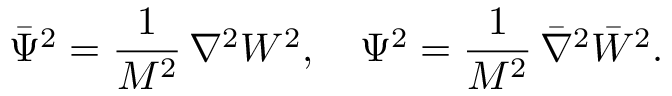
{ \bar { \Psi } } ^ { 2 } = \frac { 1 } { M ^ { 2 } } \, \nabla ^ { 2 } { W ^ { 2 } } , \quad \Psi ^ { 2 } = \frac { 1 } { M ^ { 2 } } \, { \bar { \nabla } } ^ { 2 } { \bar { W } } ^ { 2 } .